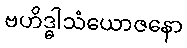
ဗဟိဒ္ဓါသံယောဇနော